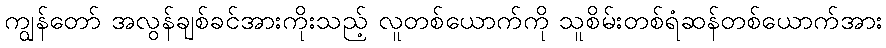
ကျွန်တော် အလွန်ချစ်ခင်အားကိုးသည့် လူတစ်ယောက်ကို သူစိမ်းတစ်ရံဆန်တစ်ယောက်အား